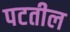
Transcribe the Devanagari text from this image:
पटतील